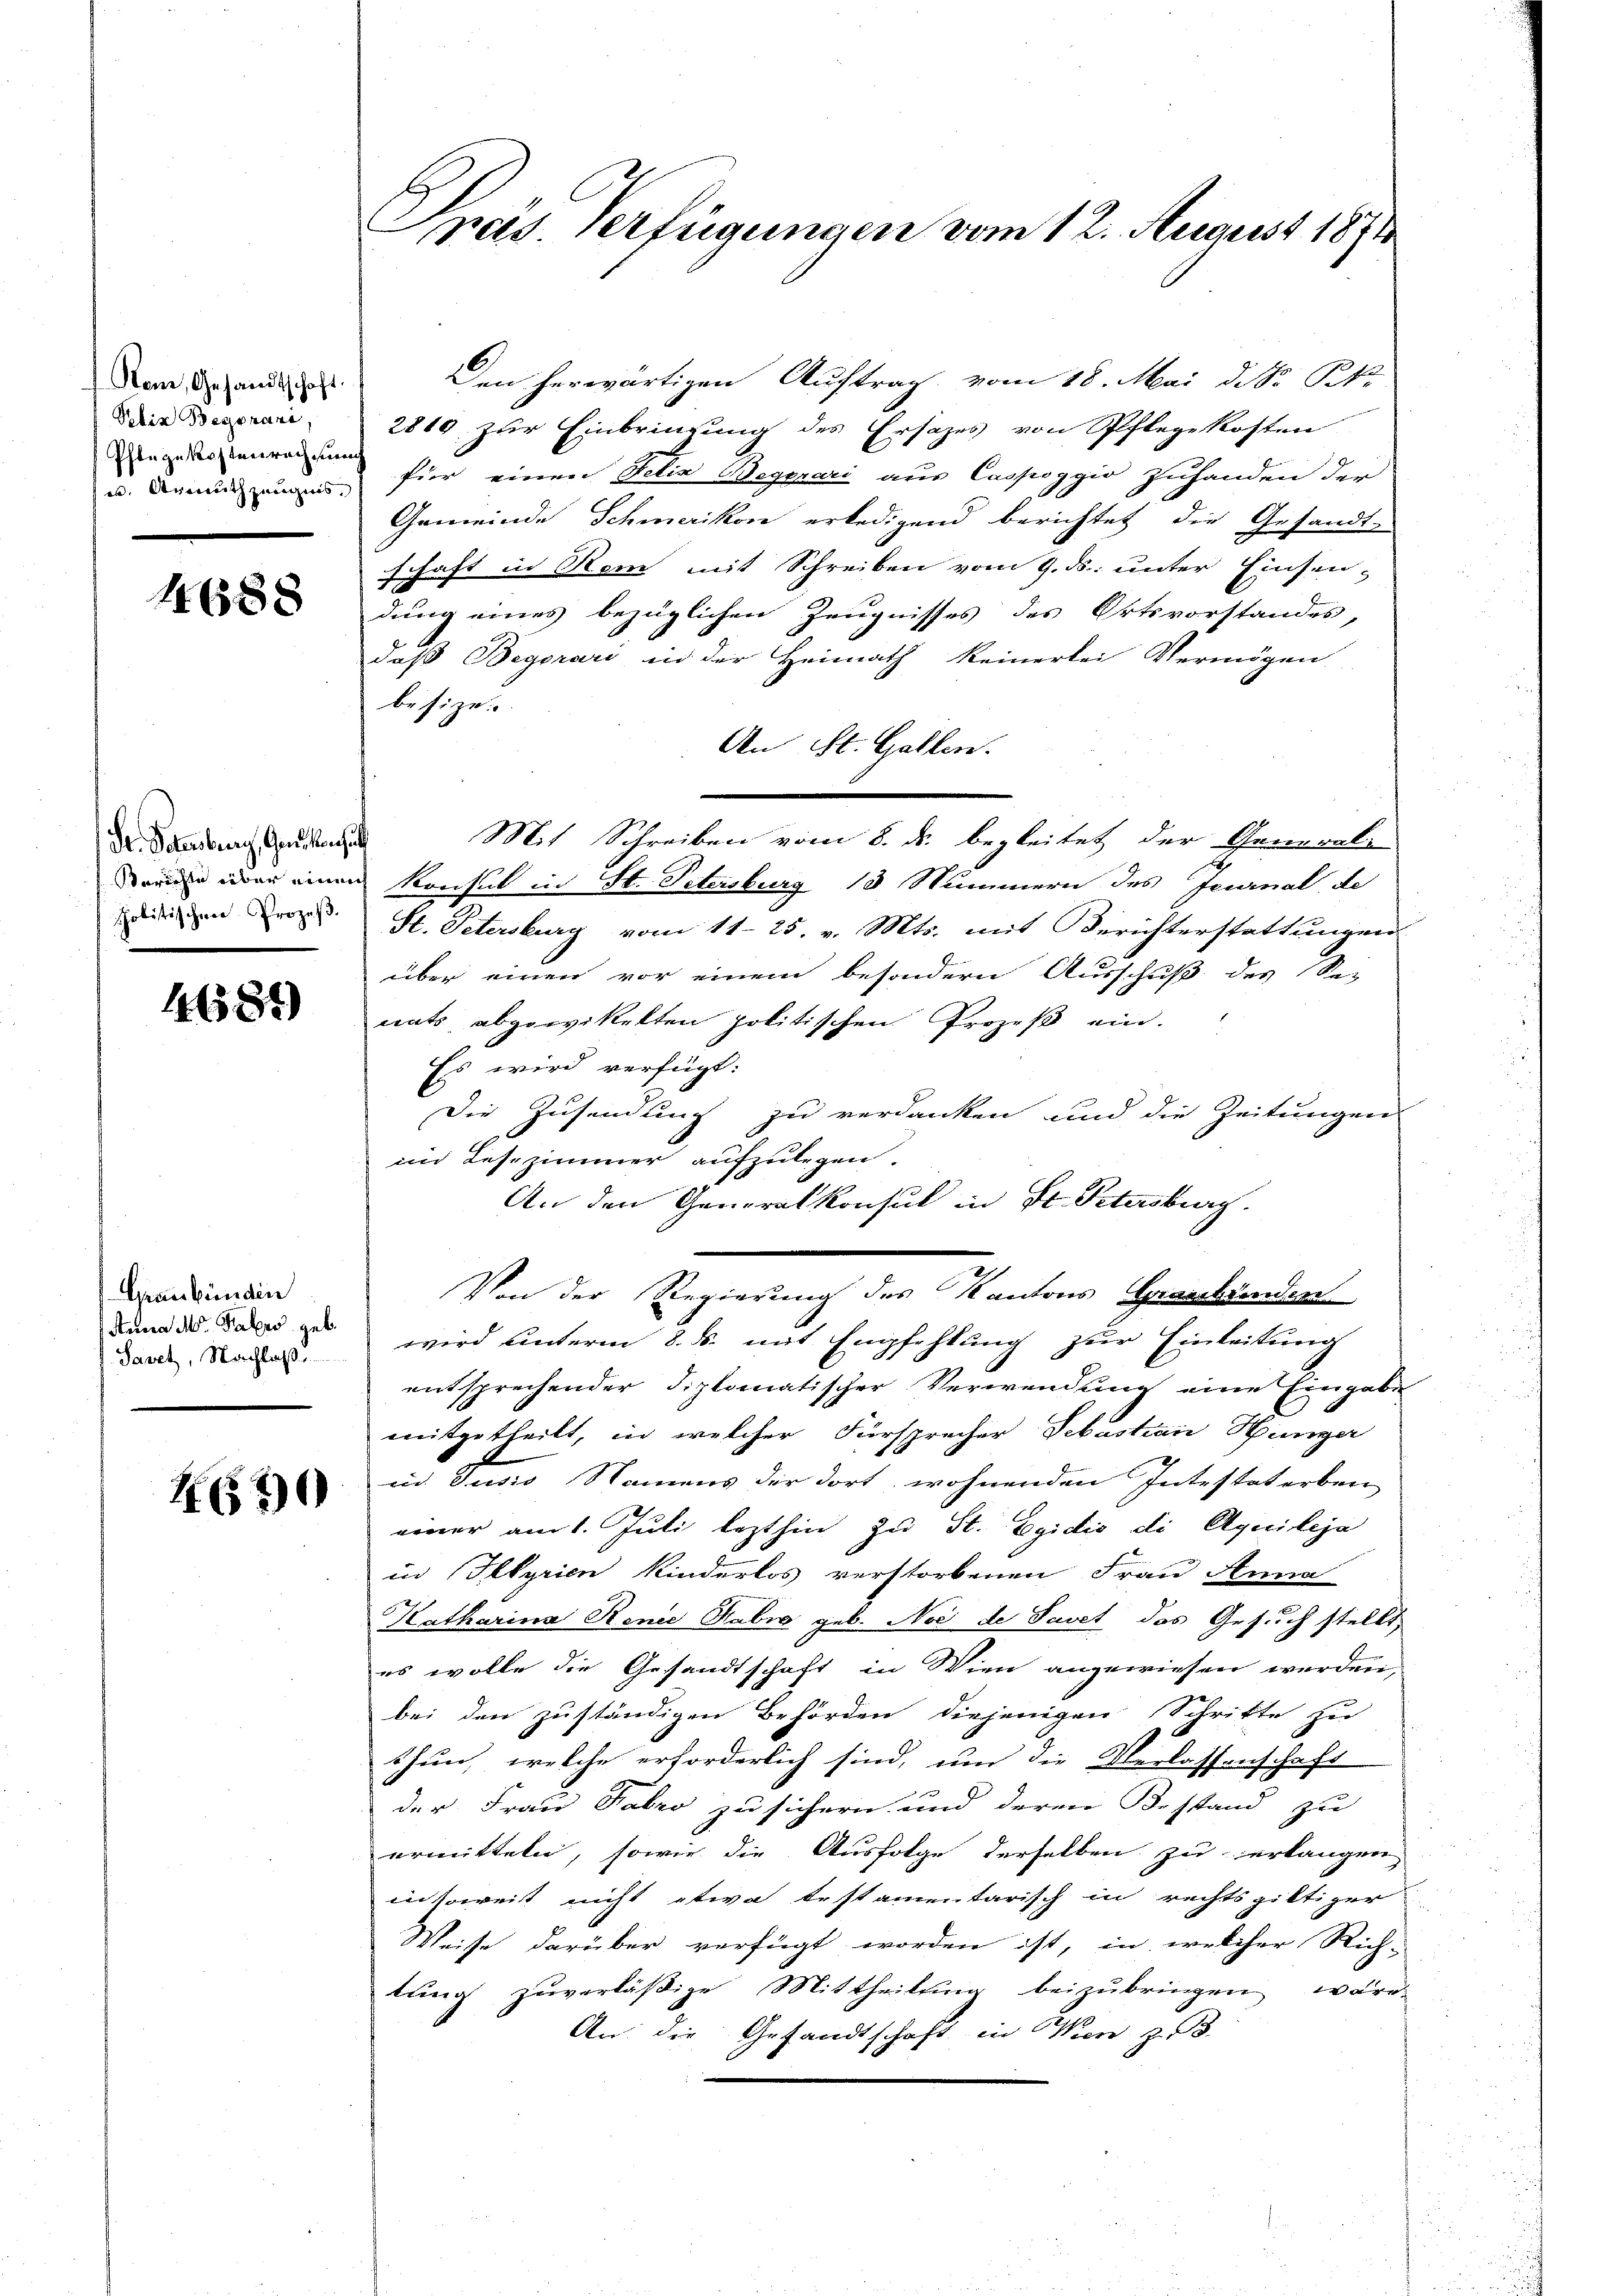
Stone, Gesandtschaft
Pelis Begorari,
Pflegekostenrechnung
w. Anmuth zeugnis,

1688

Dr. Petersburg, Genossen sich
politischen Prozeß.

4687)

Graubünden
Anna M. Palers geb.
Savet, Nachlaße

H60

Pras. Verfügungen vom 12. August 1871

Den herwärtigen Auftrag vom 18. Mai d. S. Pk.
2819 zur Einbringung des Ersatzes von Pflegekosten
für einen Felix Begorari aus Cassaggio zuhanden der
Gemeinde Schmerikon erledigend berichtet die Gesandt-
schaft in Rom mit Schreiben vom 9. ds. unter Einsendung eines bezüglichen Zeugnisses des Ortsvorstandes,
daß Begorari in der Heimath keinerlei Vermögen
besizen.
An St. Gallen.
Mit Schreiben vom 8. ds. begleitet der Generali
Deiner über einen Konsul in St. Petersburg 13 Nummern des Journal de
St. Petersburg vom 11. 25. v. Mts. mit Berichterstattungen
über einen vor einem besondern Ausschuß des Se-
nats abgewittelten politischen Prozeß ein.
Es wird verfügt:
Die Zusendung zu verdanken und die Zeitungen
im Lesezimmer aufzulegen.
An den Generalkonsul in St. Petersburg.
Von der Regierung des Kantons Graschenden
wird unterm 8. ds. mit Empfehlung zur Einleitung
entsprechender Diplomatischer Verwendung eine Eingabe
mitgetheilt, in welcher Fürsprecher Sebastian Hunger
u Jusis Namens der dort wohnenden Intestaterben
einer am 1. Juli lezthin zu St. Egidio di Aquileja
in Illyrien Kinderlos verstorbenen Frau Anna
Katharina Renie Habro geb. Noc de Savet das Gesuch stellt,
es wolle die Gesandtschaft in Wien angewiesen werden,
bei den zuständigen Behörden diejenigen Schritte zu
thun, welche erforderlich sind, um die Verlassenschaft
der Frau Fabro zu sichern und deren Bestand zu
ermitteln, sowie die Ausfolge derselben zu erlangen,
insoweit nicht etwa testamentarisch in rechtsgiltiger
Weise darüber verfügt worden ist, in welcher Rich-
lung zuverläßige Mittheilung beizubringen wäre
An die Gesandtschaft in Wien, z. B.